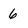
Character: 6